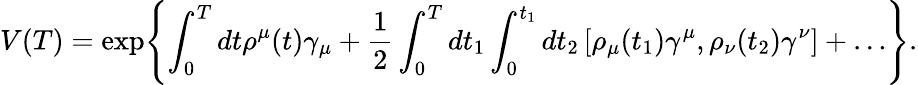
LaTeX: V(T)=\exp\Biggl\{ \int_{0}^{T}dt\rho^{\mu}(t)\gamma_{\mu}+\frac{1}{2}\int_{0}^{T}dt_{1}\int_{0}^{t_{1}}dt_{2}\left[\rho_{\mu}(t_{1})\gamma^{\mu},\rho_{\nu}(t_{2})\gamma^{\nu}\right]+\ldots\Biggr\} .